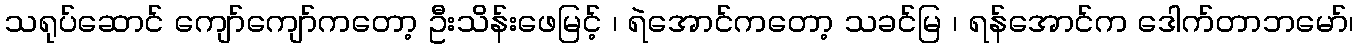
သရုပ်ဆောင် ကျော်ကျော်ကတော့ ဦးသိန်းဖေမြင့် ၊ ရဲအောင်ကတော့ သခင်မြ ၊ ရန်အောင်က ဒေါက်တာဘမော်၊